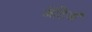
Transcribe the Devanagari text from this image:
जेटियाँ